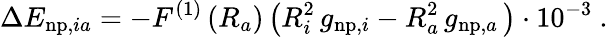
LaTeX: \Delta E_{\mathrm{np},ia}=-F^{(1)}\left(R_{a}\right)\left(R_{i}^{2}\, g_{\mathrm{np,}i}-R_{a}^{2}\, g_{\mathrm{np,}a}\, \right)\cdot 10^{-3}\ .